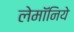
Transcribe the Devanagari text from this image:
लेमॉनिये